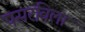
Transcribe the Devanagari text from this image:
पसरविला